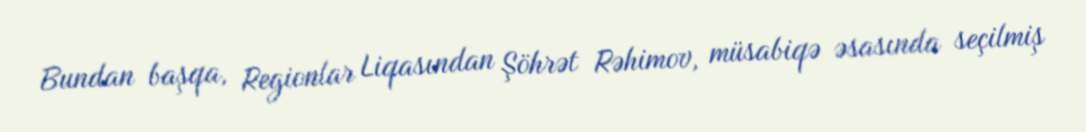
Bundan başqa, Regionlar Liqasından Şöhrət Rəhimov, müsabiqə əsasında seçilmiş